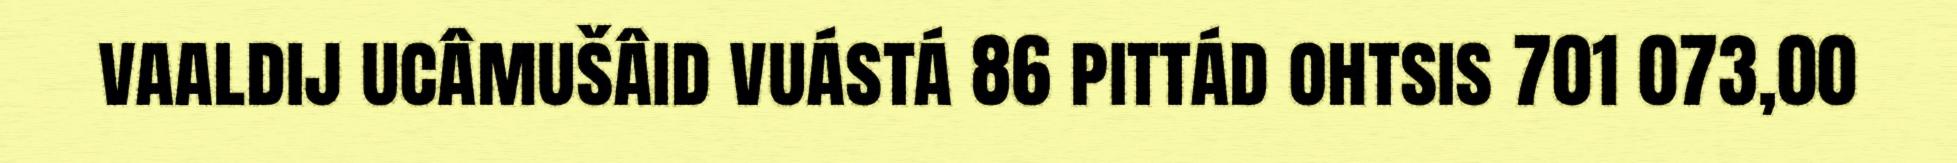
vaaldij ucâmušâid vuástá 86 pittád ohtsis 701 073,00